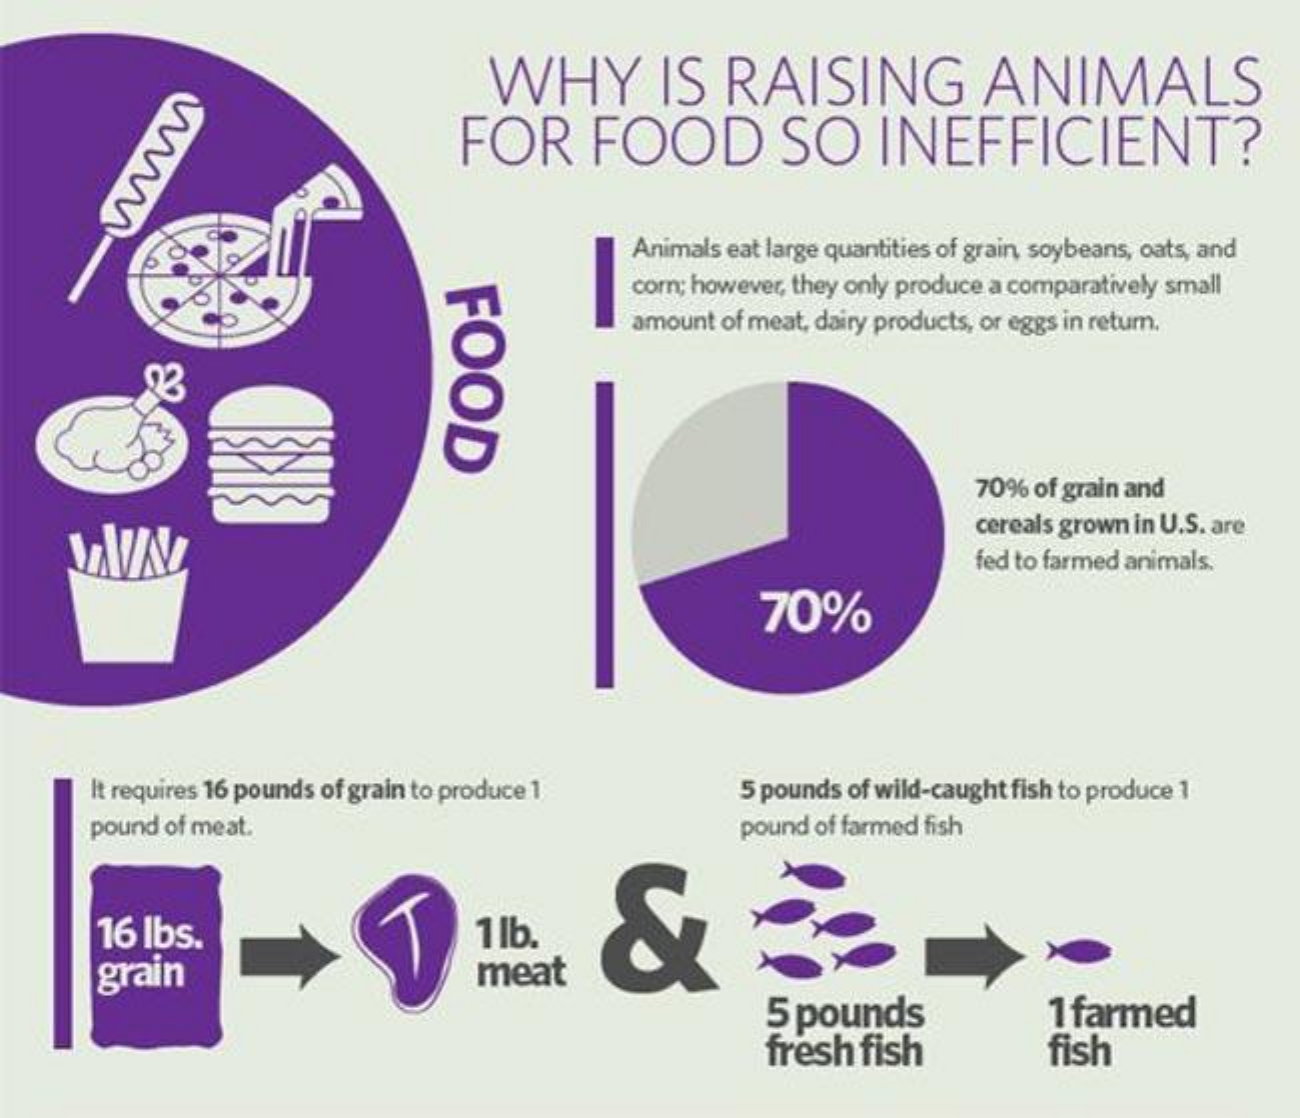
WHY    IS  RAISING    ANIMALS
     FOR    FOOD    SO    INEFFICIENT?
     Animals eat large quantities of grain, soybeans, oats, and
     corn; however, they only produce a comparatively small
     FOOD
     amount of meat, dairy products, or eggs in return.
     70% of grain and
     cereals grown in U.S. are
     fed to farmed animals.
     70%
     It requires 16 pounds of grain to produce 1 5 pounds of wild-caught fish to produce 1
     pound of meat.    pound of farmed fish
     16 lbs.    1lb.
     grain    meat
     5 pounds
     fresh fish
     1 farmed
     fish